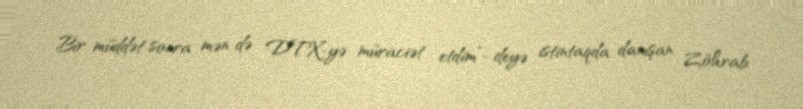
Bir müddət sonra mən də DTX-yə müraciət etdim”- deyə istintaqda danışan Zöhrab